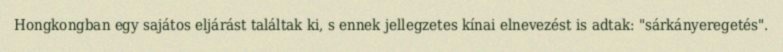
Hongkongban egy sajátos eljárást találtak ki, s ennek jellegzetes kínai elnevezést is adtak: "sárkányeregetés".